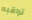
تراقبه